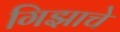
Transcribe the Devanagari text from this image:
गिझाचे